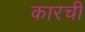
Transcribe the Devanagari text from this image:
कारची